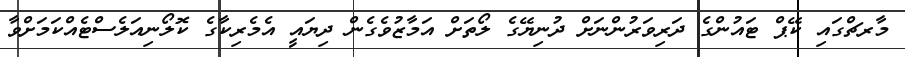
މާރޗްގައި ކޭޕް ޓައުންގެ ދަރިވަރުންނަށް ދުނިޔޭގެ ލޯތަށް އަމާޒުވެގެން ދިޔައީ އެމެރިކާގެ ކޮލޯނިއަލެސްޓެއްކަމަށްވާ